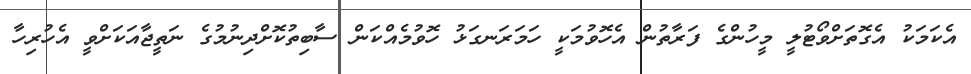
އެކަމަކު އެގޮތަށްވޯޓުލީ މީހުންގެ ފަރާތުން އެހޮވުމަކީ ހަމަރަނގަޅު ހޮވުމެއްކަން ސާބިތުކޮށްދިނުމުގެ ނަތީޖާއަކަށްވީ އެހުރިހާ